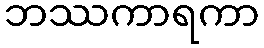
ဘဿကာရကာ